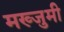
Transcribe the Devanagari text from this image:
मख्जुमी